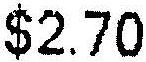
$2.70